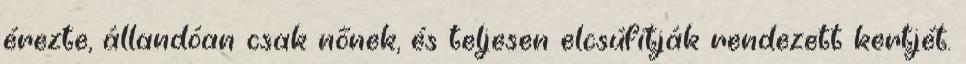
érezte, állandóan csak nőnek, és teljesen elcsúfítják rendezett kertjét.